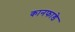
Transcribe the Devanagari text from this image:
कानफाडे